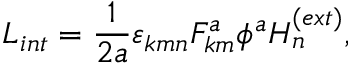
L _ { i n t } = \frac { 1 } { 2 a } \varepsilon _ { k m n } F _ { k m } ^ { a } \phi ^ { a } H _ { n } ^ { ( e x t ) } ,